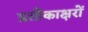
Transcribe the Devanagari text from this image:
प्रतीकाक्षरों